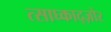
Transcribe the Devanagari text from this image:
त्साघ्काद्ज़ोर